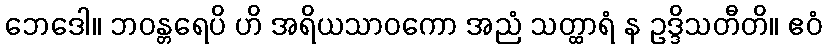
ဘေဒေါ။ ဘဝန္တရေပိ ဟိ အရိယသာဝကော အညံ သတ္ထာရံ န ဥဒ္ဒိသတီတိ။ ဧဝံ